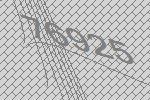
76925